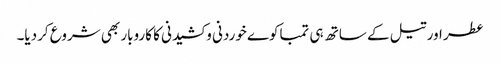
عطر اور تیل کے ساتھ ہی تمباکوے خوردنی و کشیدنی کا کاروبار بھی شروع کردیا۔